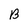
Character: B